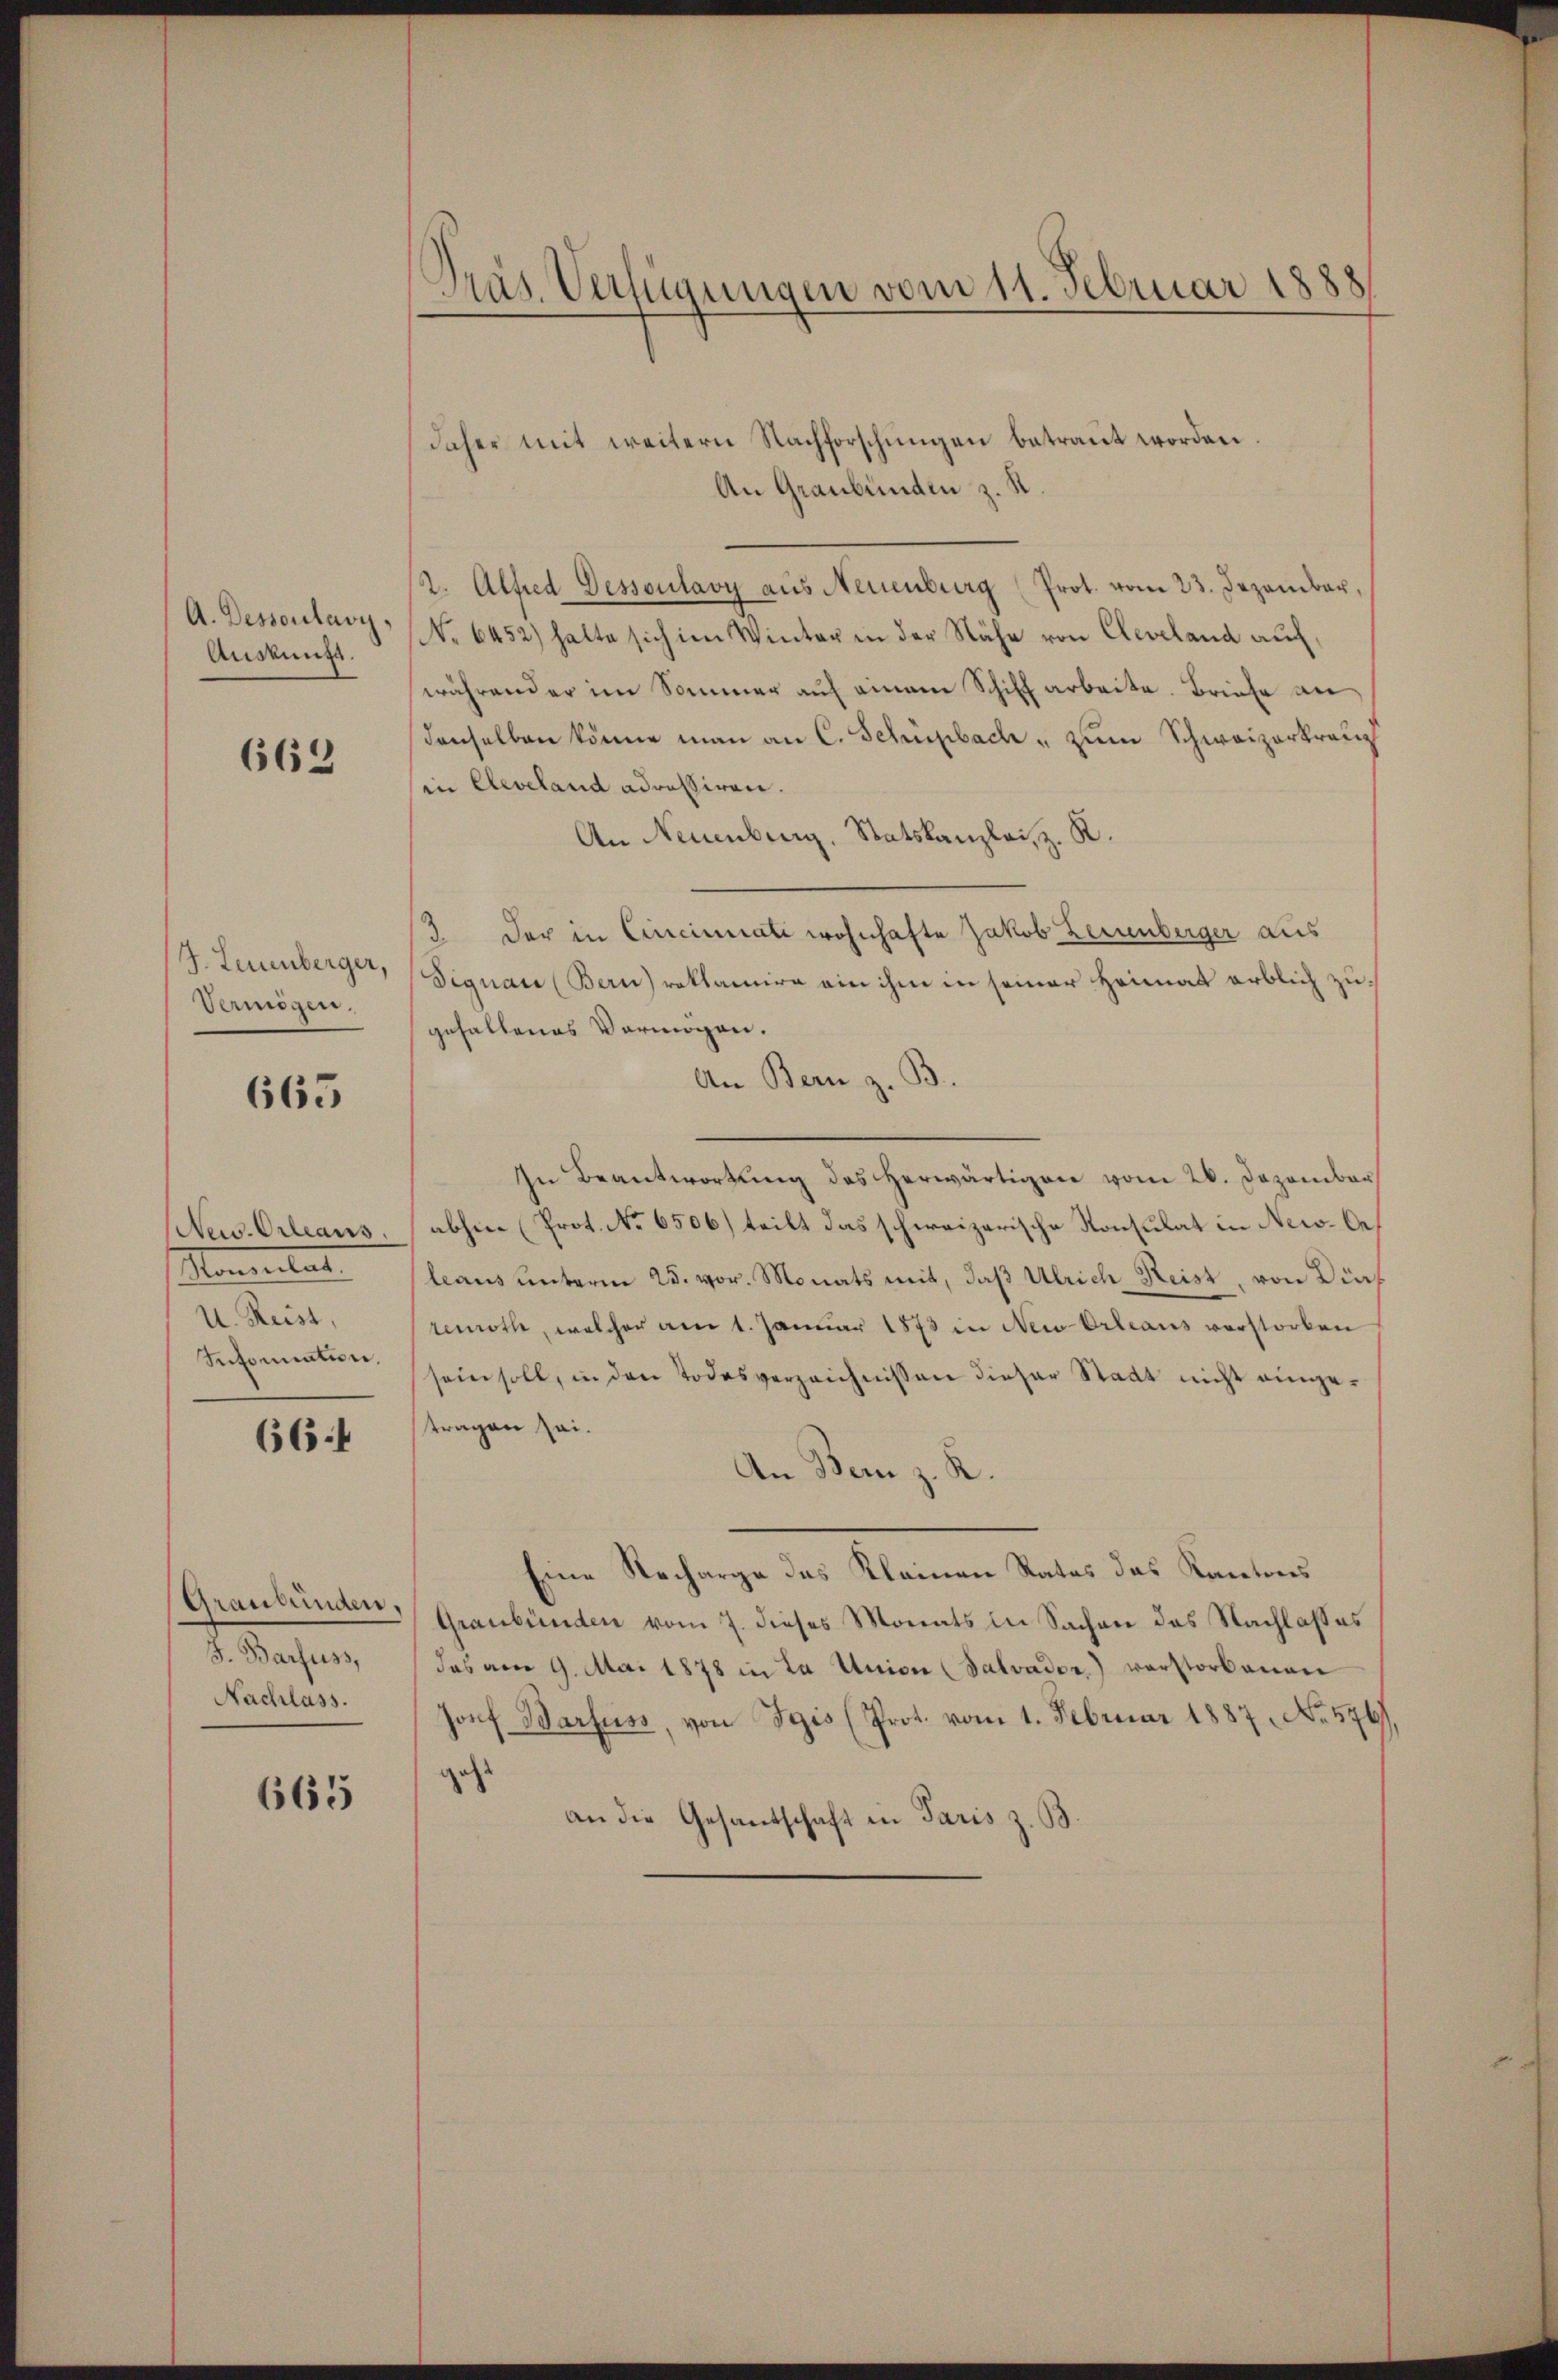
A. Dessentary,
Auskung.

663

J. Leuenberger,
Vermögen,

665

New-Orleans
Mannitat.
U. Reist,
Intomation.

66.4

Graubünden,
d. Sachen
Nachlass.

665

Präs. Verfügungen vom 11. Februar 1888

daher mit weitern Nachforschungen betraut worden
An Graubünden z. R.
2. Alfred Dessoulavy aŭs Neuenburg (Prot. vom 23. Dezember,
No 6452) hatte sich im Winter in der Nähe von Cleveland auch
währender im Sommer auf einem Schiffarbeite. Briefe an
denselben könne man an C. Schupbach " zum Schweizerkranz
in Cleveland adressiren.
An Neuenburg, Statskanzlei, z. K.
3 der in Cincinati wohnhafte Jakob Lernenberger aus
Dignau (Bern reklamire ein ihm in seiner Heimat erblich zugehaltenes Vermögen.
An Bern z. B.
In Beantwortung des herwärtigen vom 26. Dezember
abhin (Prot. No 6506) teilt das schweizerische Konsulat in New-Oeleaus unterm 25. vor. Monats mit, daß Ulrich Reist, von Dürf
renroth, welcher am 1. Januar 1873 in New-Orleans vorstorben
sein soll, in den Todesverzeichnissen dieser Stadt nicht eingetragen sei.
An Bern z. R.
Eine Recharge des Kleinen Rates das Kantons
Graubünden vom 7. dieses Monats in Sachen das Nachlasses
das am 9. Mai 1878 in La Union (Salvader, verstorbenen
13x Dorf Barfuss, von Egis (Prot. vom 1. Februar 1887, No. 576)
geht
an die Gesantschaft in Paris z. B.